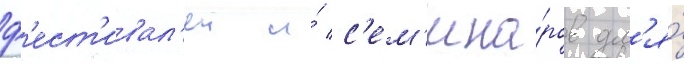
ф'ест'ивал'еи и́ с'ем'ина́ров дл'я́